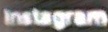
Instigram